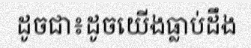
ដូចជា៖ដូចយើងធ្លាប់ដឹង